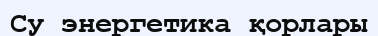
Су энергетика қорлары